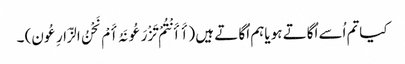
کیاتم اُسے اُگاتے ہو یاہم اُگا تے ہیں (أَ أَنْتُمْ تَزْرَعُونَہُ أَمْ نَحْنُ الزَّارِعُون) ۔